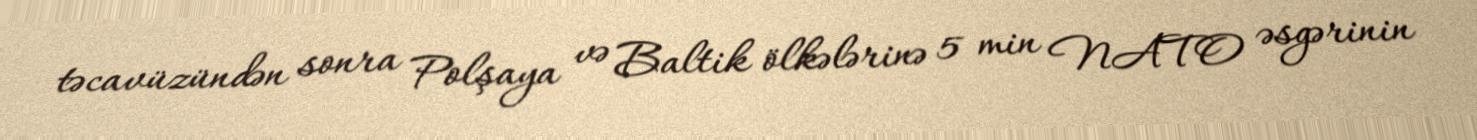
təcavüzündən sonra Polşaya və Baltik ölkələrinə 5 min NATO əsgərinin